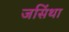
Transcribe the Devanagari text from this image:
जसिंथा